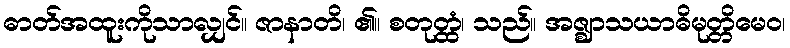
ဓာတ်အထူးကိုသာလျှင်။ ဇာနာတိ၊ ၏။ စတုတ္ထံ၊ သည်။ အဇ္ဈာသယာဓိမုတ္တိမေဝ၊